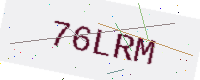
Text: 76LRM